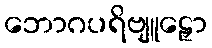
ဘောဂပရိဗျူဠှော